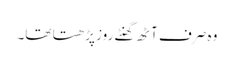
وہ صرف آٹھ گھنٹے روز پڑھتا تھا۔